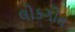
લોકગીત